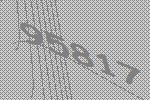
95817